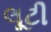
લૂટી